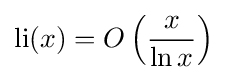
\operatorname {li} (x)=O\left({\frac {x}{\ln x}}\right)